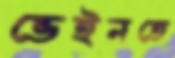
ভেইনতে